Indian journal of veterinary science and animal husbandry - Volumes 18-21, 1948-1951
Year: 1948
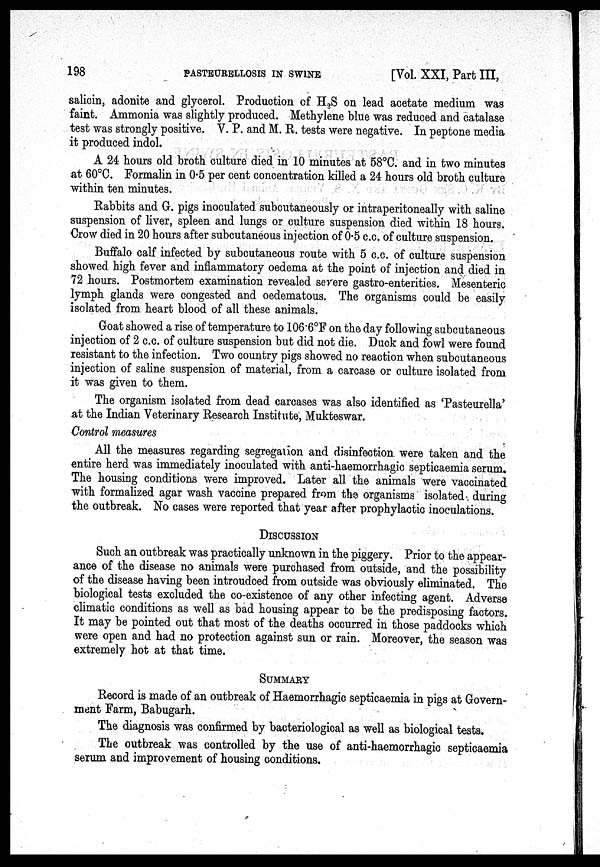
198
PASTEURELLOSIS IN SWINE
[Vol. XXI, Part III,
salicin, adonite and glycerol. Production of H 2 S on lead acetate medium was
faint. Ammonia was slightly produced. Methylene blue was reduced and catalase
test was strongly positive. V. P. and M. R. tests were negative. In peptone media
it produced indol.
A 24 hours old broth culture died in 10 minutes at 58°C. and in two minutes
at 60°C. Formalin in 0.5 per cent concentration killed a 24 hours old broth culture
within ten minutes.
Rabbits and G. pigs inoculated subcutaneously or intraperitoneally with saline
suspension of liver, spleen and lungs or culture suspension died within 18 hours.
Crow died in 20 hours after subcutaneous injection of 0.5 c.c. of culture suspension.
Buffalo calf infected by subcutaneous route with 5 c.c. of culture suspension
showed high fever and inflammatory oedema at the point of injection and died in
72 hours. Postmortem examination revealed severe gastro-enterities. Mesenteric
lymph glands were congested and oedematous. The organisms could be easily
isolated from heart blood of all these animals.
Goat showed a rise of temperature to 106.6°F on the day following subcutaneous
injection of 2 c.c. of culture suspension but did not die. Duck and fowl were found
resistant to the infection. Two country pigs showed no reaction when subcutaneous
injection of saline suspension of material, from a carcase or culture isolated from
it was given to them.
The organism isolated from dead carcases was also identified as 'Pasteurella'
at the Indian Veterinary Research Institute, Mukteswar.
Control measures
All the measures regarding segregation and disinfection were taken and the
entire herd was immediately inoculated with anti-haemorrhagic septicaemia serum.
The housing conditions were improved. Later all the animals were vaccinated
with formalized agar wash vaccine prepared from the organisms isolated during
the outbreak. No cases were reported that year after prophylactic inoculations.
DISCUSSION
Such an outbreak was practically unknown in the piggery. Prior to the appear-
ance of the disease no animals were purchased from outside, and the possibility
of the disease having been introudced from outside was obviously eliminated. The
biological tests excluded the co-existence of any other infecting agent. Adverse
climatic conditions as well as bad housing appear to be the predisposing factors.
It may be pointed out that most of the deaths occurred in those paddocks which
were open and had no protection against sun or rain. Moreover, the season was
extremely hot at that time.
SUMMARY
Record is made of an outbreak of Haemorrhagic septicaemia in pigs at Govern-
ment Farm, Babugarh.
The diagnosis was confirmed by bacteriological as well as biological tests.
The outbreak was controlled by the use of anti-haemorrhagic septicaemia
serum and improvement of housing conditions.